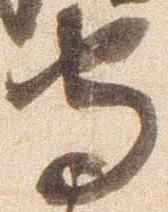
守